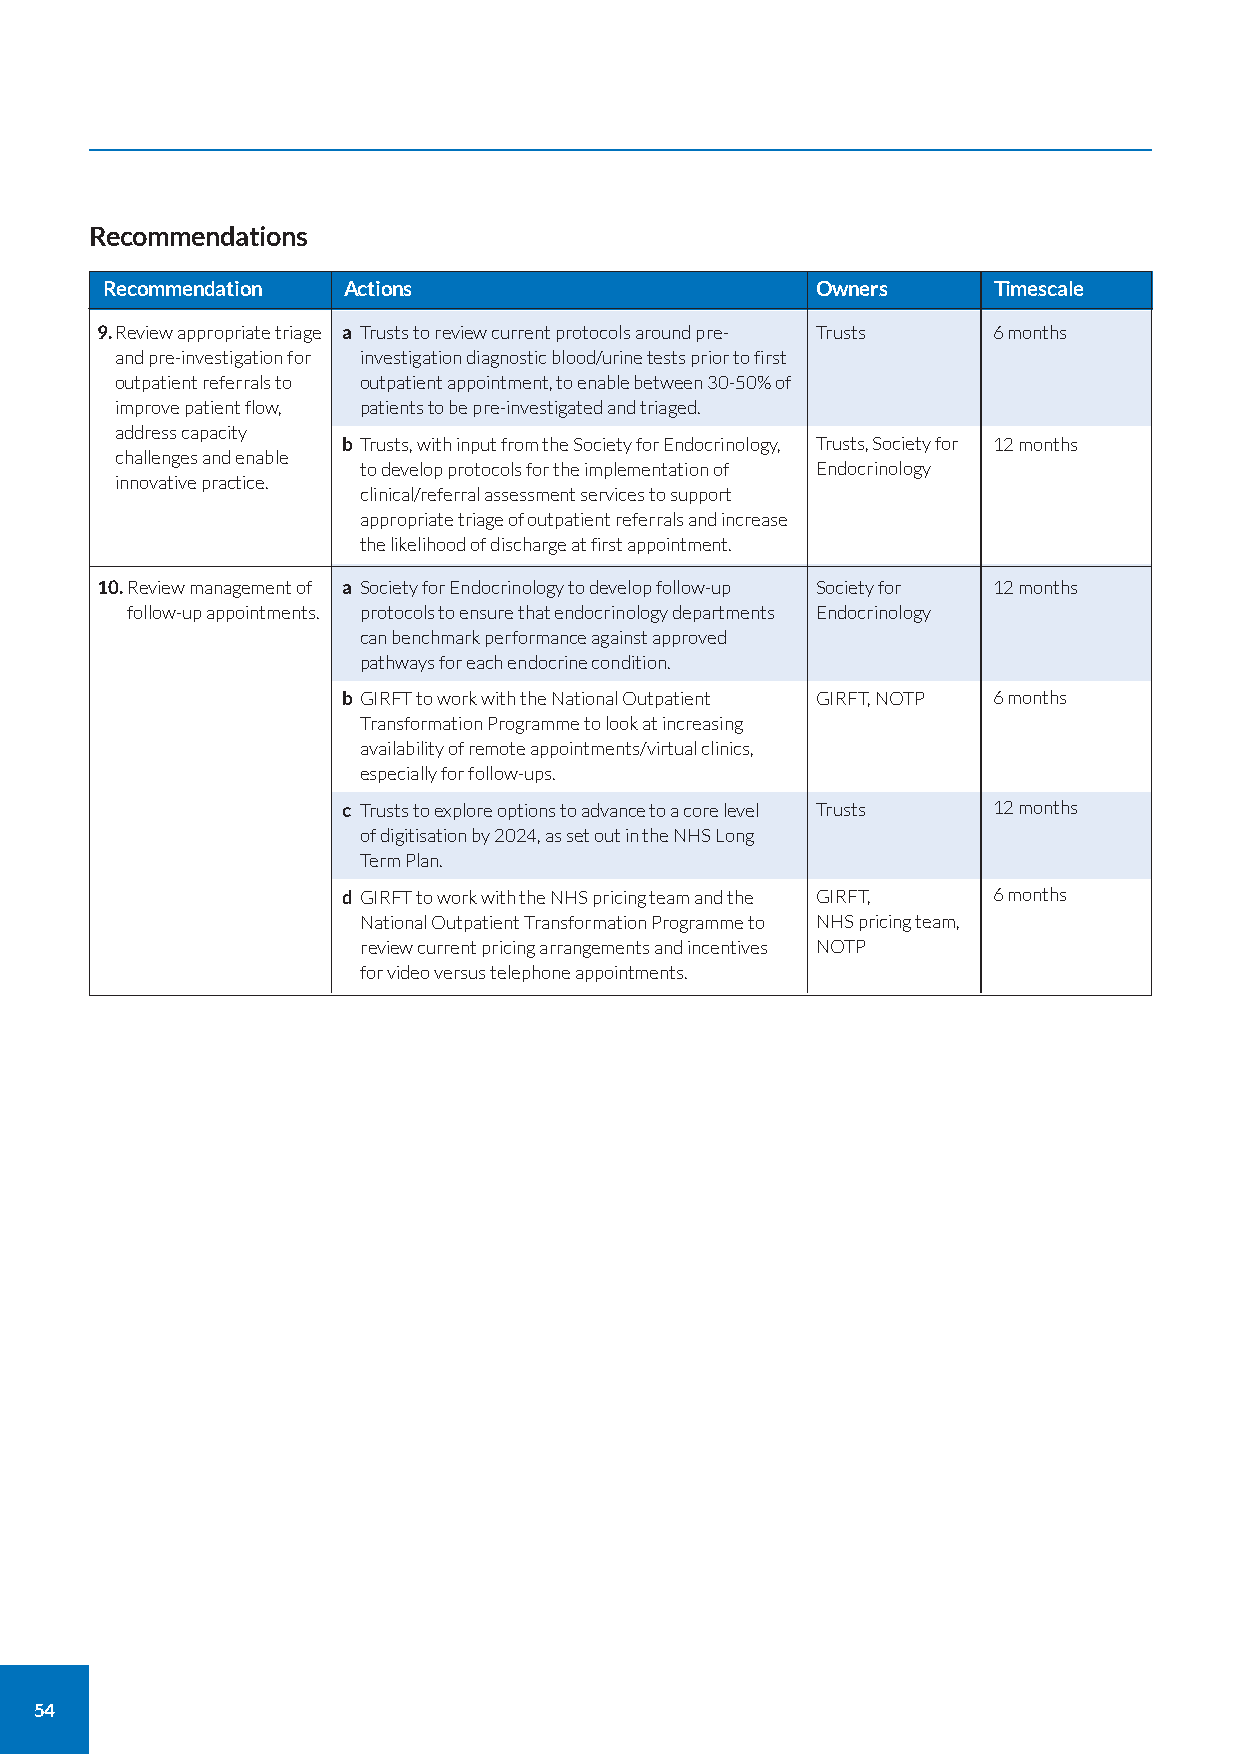
Recommendations
 Recommendation  Actions                        Owners      Timescale
 9.Review appropriate triage a Trusts to review current protocols around pre- Trusts 6 months
 and pre-investigation for investigation diagnostic blood/urine tests prior to first
 outpatient referrals to outpatient appointment, to enable between 30-50% of
 improve patient flow, patients to be pre-investigated and triaged.
 address capacity
 b Trusts, with input from the Society for Endocrinology, Trusts, Society for 12 months
 challenges and enable
 to develop protocols for the implementation of Endocrinology
 innovative practice.
 clinical/referral assessment services to support
 appropriate triage of outpatient referrals and increase
 the likelihood of discharge at first appointment.
 10.Review management of a Society for Endocrinology to develop follow-up Society for 12 months
 follow-up appointments. protocols to ensure that endocrinology departments Endocrinology
 can benchmark performance against approved
 pathways for each endocrine condition.
 b GIRFT to work with the National Outpatient GIRFT, NOTP 6 months
 Transformation Programme to look at increasing
 availability of remote appointments/virtual clinics,
 especially for follow-ups.
 c Trusts to explore options to advance to a core level Trusts 12 months
 of digitisation by 2024, as set out in the NHS Long
 Term Plan.
 d GIRFT to work with the NHS pricing team and the GIRFT, 6 months
 National Outpatient Transformation Programme to NHS pricing team,
 review current pricing arrangements and incentives NOTP
 for video versus telephone appointments.
 54